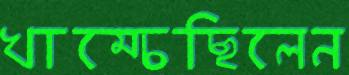
খাম্‌চেছিলেন